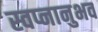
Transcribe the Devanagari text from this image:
स्वप्नानुभव